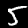
Digit: 5